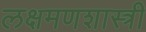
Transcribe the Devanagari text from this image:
लक्षमणशास्त्री